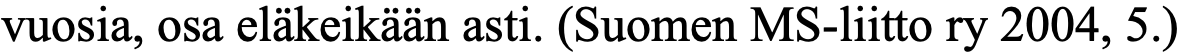
vuosia, osa eläkeikään asti. (Suomen MS-liitto ry 2004, 5.)